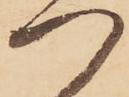
つ